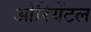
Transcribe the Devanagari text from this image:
ओरियेंटल